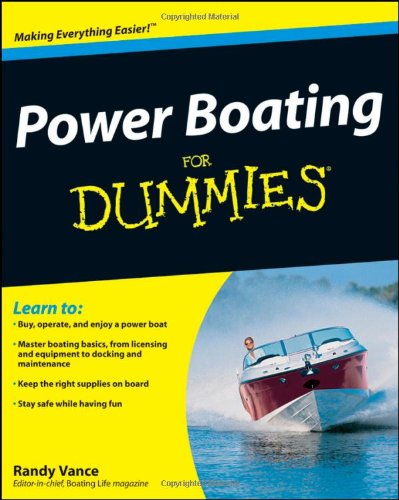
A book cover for Power Boating For Dummies; Randy Vance; Sports & Outdoors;